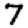
Digit: 7